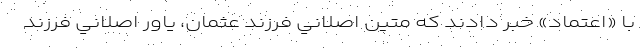
با «اعتماد» خبر دادند كه متين اصلاني فرزند عثمان، ياور اصلاني فرزند